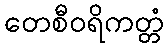
တေစီဝရိကတ္တံ